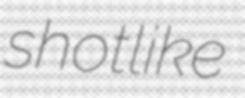
shotlike